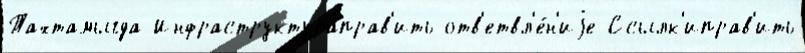
Тахтамыгда Инфраструктураправ'ить отв'етвл'е́н'иjе Ссылк'иправ'ить